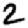
Digit: 2